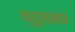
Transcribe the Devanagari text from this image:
मृदूतक४